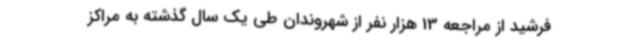
فرشید از مراجعه 13 هزار نفر از شهروندان طی یک سال گذشته به مراکز